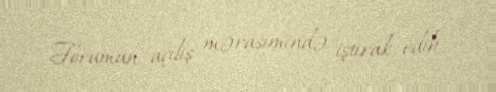
Forumun açılış mərasimində iştirak edib.